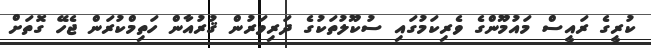
ކުރީގެ ރައީސް މައުމޫންގެ ވެރިކަމުގައި ސުކޫލުތަކުގެ ދަރިވަރުން ޤުރުއާން ހަތިމްކުރަން ޖެހޭ ގޮތަށް